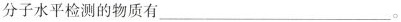
分子水平检测的物质有___。